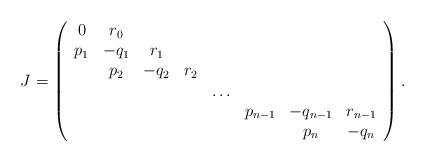
LaTeX: \begin{align*}J=\left(\begin{array}{cccccccc}0&r_0&&&&&&\\p_1&-q_1&r_1&&&&&\\&p_2&-q_2&r_2&&&&\\&&&&\ldots&&&\\&&&&&p_{n-1}&-q_{n-1}&r_{n-1}\\&&&&&&p_n&-q_n\end{array}\right).\end{align*}